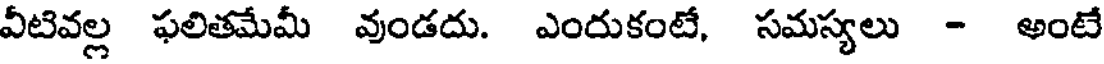
వీటివల్ల ఫలితమేమీ వుండదు. ఎందుకంటే, సమస్యలు - అంటే